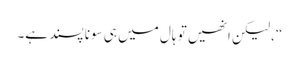
“، لیکن انھیں تو ہال میں ہی سونا پسند ہے۔